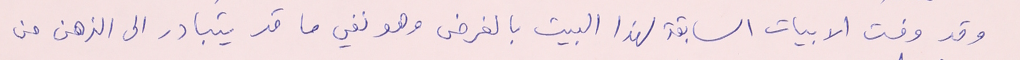
وقد وفت الابيات السابقة لهذا البيت بالغرض وهو نفي ما قد يتبادر الى الذهن من